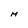
Character: M